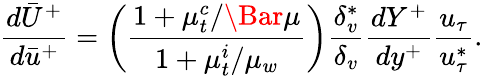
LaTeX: \frac{d\bar{U}^{+}}{d\bar{u}^{+}}=\left(\frac{1+\mu_{t}^{c}/\Bar{\mu}}{1+\mu_{t}^{i}/\mu_{w}}\right)\frac{\delta_{v}^{*}}{\delta_{v}}\frac{dY^{+}}{dy^{+}}\frac{u_{\tau}}{u_{\tau}^{*}}.